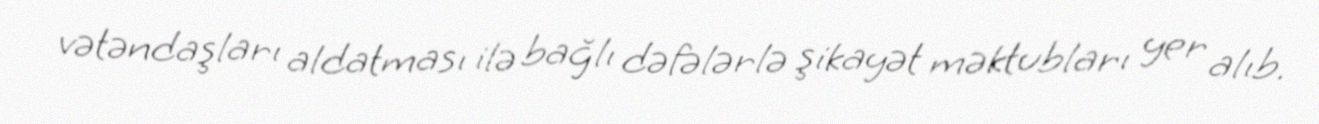
vətəndaşları aldatması ilə bağlı dəfələrlə şikayət məktubları yer alıb.